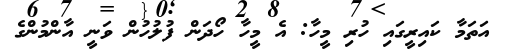
އަތަމާ ކައިރީގައި ހުރި މީހާ: އެ މީހާ ހޯދަން ފުލުހުން ވަނީ އާންމުންގެ